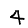
Digit: 4